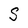
Character: S